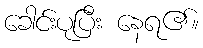
ခေါင်းပုပြီး နေရ၏။